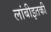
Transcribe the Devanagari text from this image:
लांबीइतकी